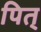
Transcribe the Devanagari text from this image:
पित्